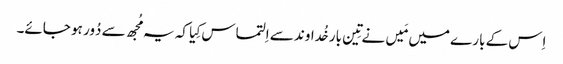
اِس کے بارے میں مَیں نے تِین بار خُداوند سے اِلتماس کِیا کہ یہ مُجھ سے دُور ہو جائے۔